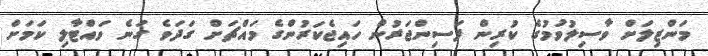
މަންޒިލަށް ވާސިލުވުމުގެ ކުރިން ފަސިންޖަރުން ހައިޖެކަރުންގެ މައްޗަށް ގަދަވެ ގަނެ ވައްޓާލި ކަމަށް